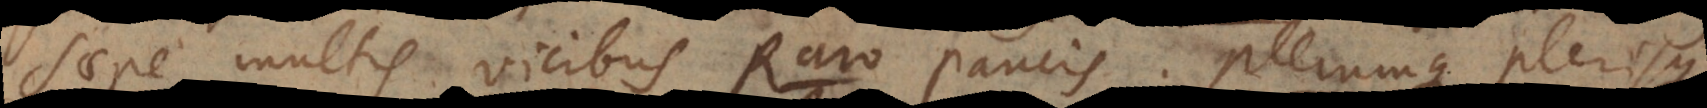
Saepe multis vicibus. Raro paucis. Plerumque plerisque